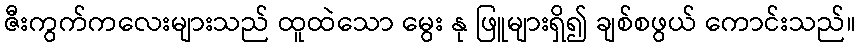
ဇီးကွက်ကလေးများသည် ထူထဲသော မွေး နု ဖြူများရှိ၍ ချစ်စဖွယ် ကောင်းသည်။